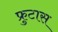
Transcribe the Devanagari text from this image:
फ्रुटास